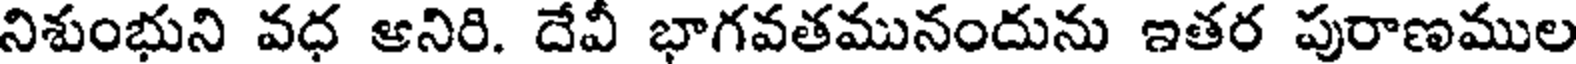
నిశుంభుని వధ ఆనిరి. దేవీ భాగవతమునందును ఇతర పురాణముల